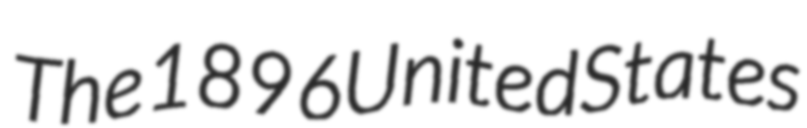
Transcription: The 1896 United States